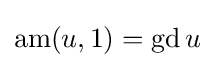
\operatorname {am} (u,1)=\operatorname {gd} u